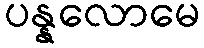
ပန္နလောမေ